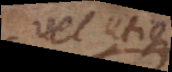
vel utique